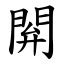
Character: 閞